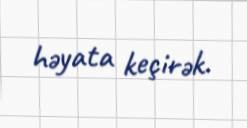
həyata keçirək.